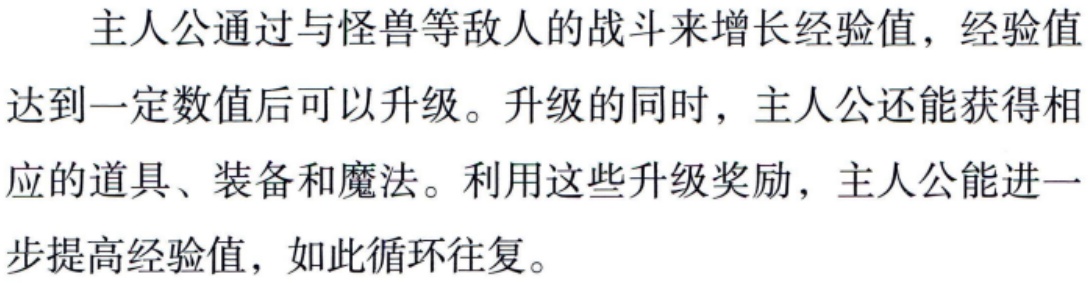
主人公通过与怪兽等敌人的战斗来增长经验值，经验值达到一定数值后可以升级。升级的同时，主人公还能获得相应的道具、装备和魔法。利用这些升级奖励，主人公能进一步提高经验值，如此循环往复。